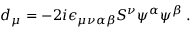
d _ { \mu } = - 2 i \epsilon _ { \mu \nu \alpha \beta } S ^ { \nu } \psi ^ { \alpha } \psi ^ { \beta } \; .